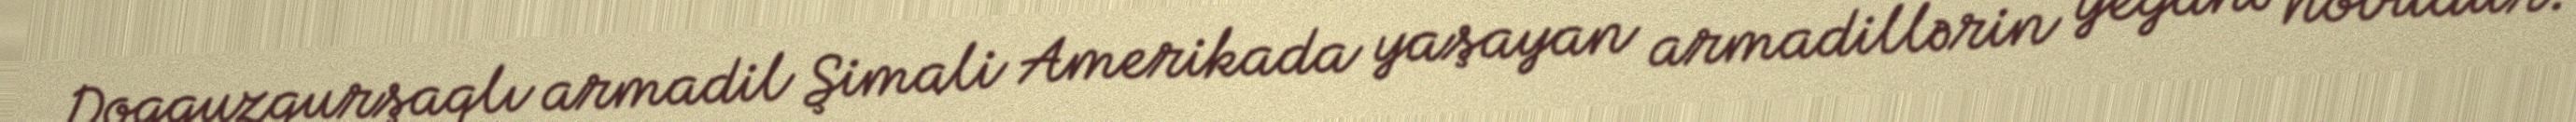
Doqquzqurşaqlı armadil Şimali Amerikada yaşayan armadillərin yeganə növüdür.